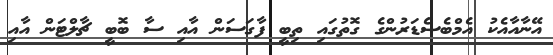
އޭނާއާއެކު އެމްބެސެޑަރުންގެ ގޮތުގައި ތިބީ ފާގަސަން އާއި ސާ ބޮބީ ޗާލްޓަން އާއި